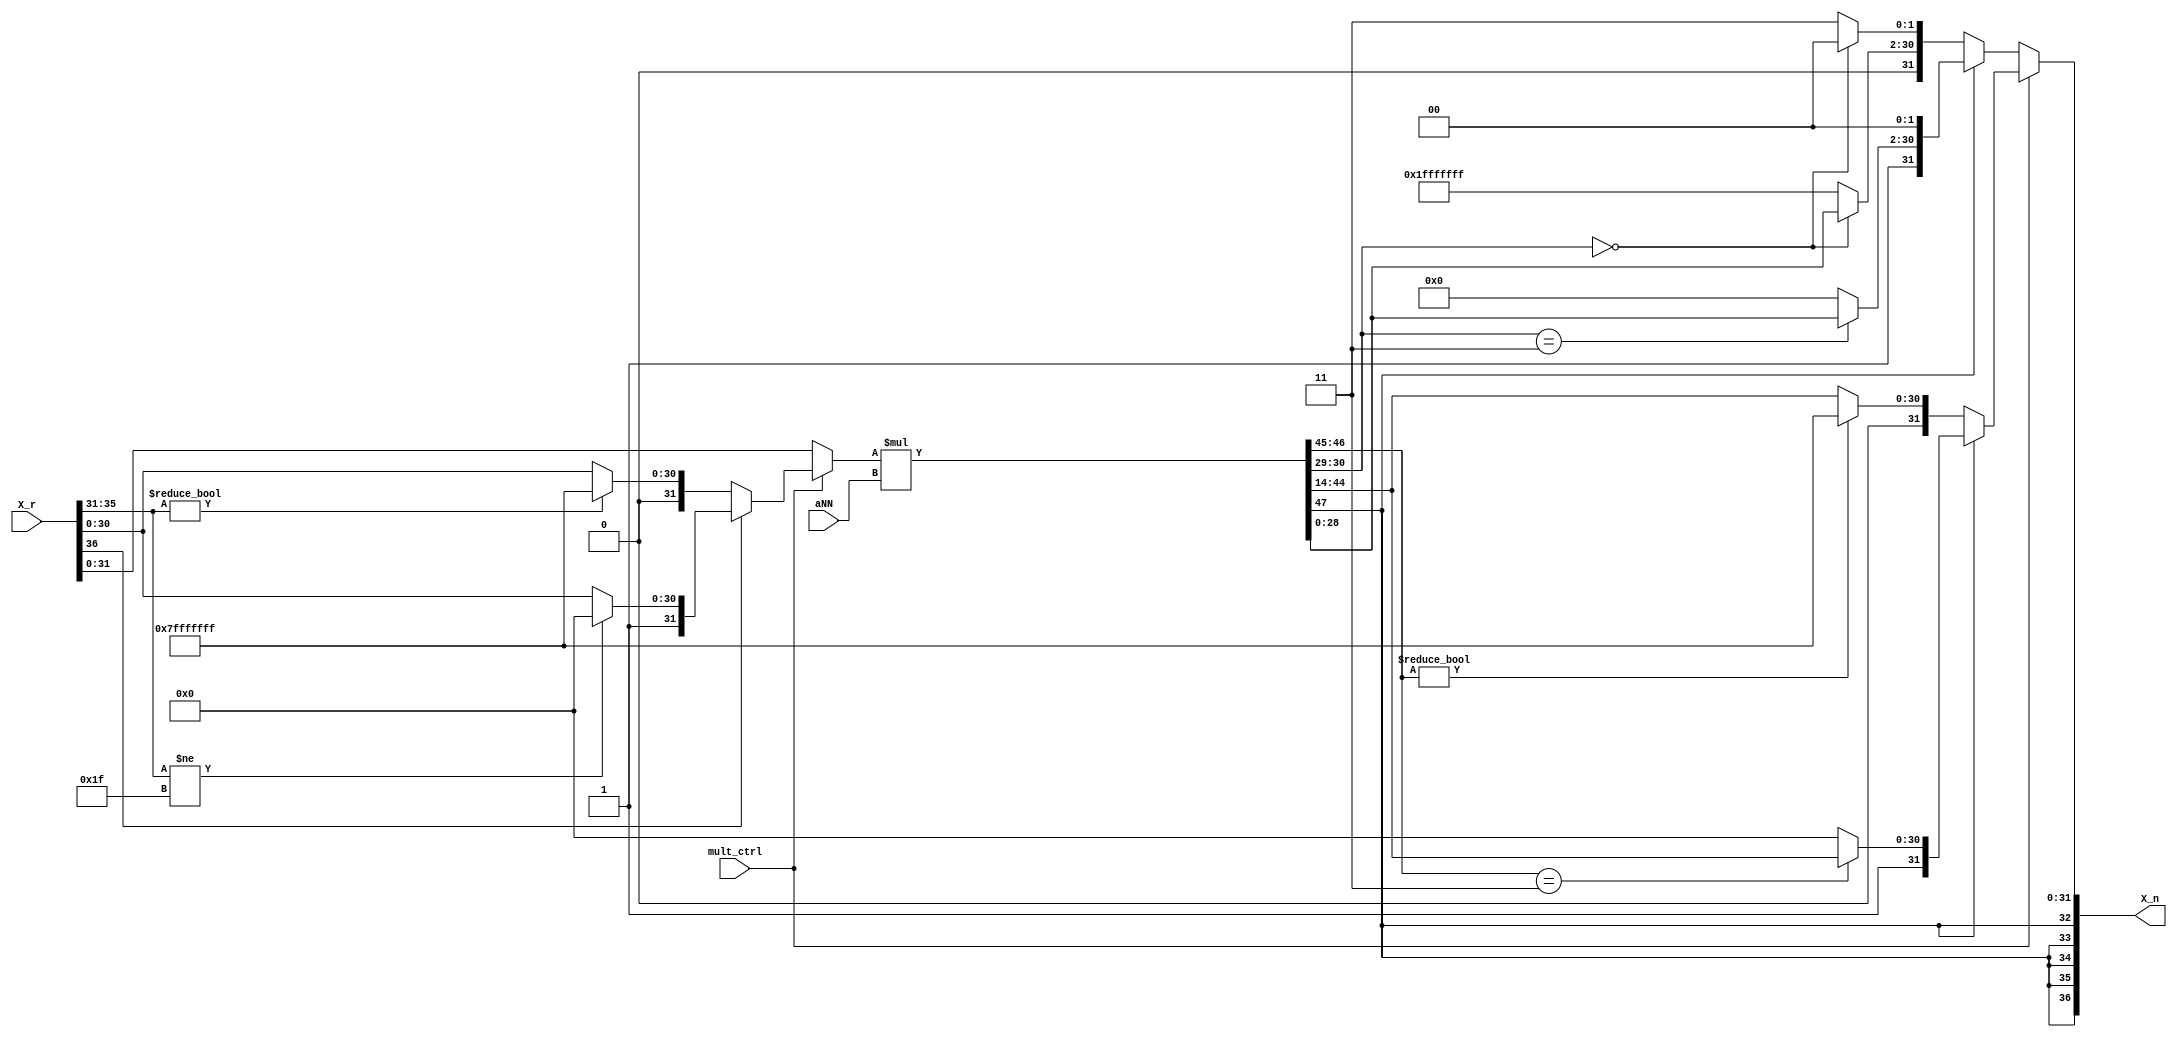
module multaNNx (
    input [15:0] aNN, // 1/aNN
    input [36:0] X_r, //input X_old, or input b
	input mult_ctrl,
    output [36:0] X_n //output X_new
);

parameter pos_max = 32'b01111111111111111111111111111111;
parameter neg_max = 32'b10000000000000000000000000000000;
parameter HIGH = 5'b11111;
parameter HI = 2'b11;

reg [31:0] xr_sat;
reg [47:0] aNNx_sat;
reg [36:0] X_n_r;

assign X_n = X_n_r;

always @(*) begin
	if (mult_ctrl) begin
		if (X_r[36]) begin
			if (X_r[35:31] != HIGH) begin
				xr_sat = neg_max;
			end
			else begin
				xr_sat[31] = 1;
				xr_sat[30:0] = X_r[30:0]; 
			end
		end
		else begin
			if (X_r[35:31] != 0) begin
				xr_sat = pos_max;
			end
			else begin
				xr_sat[31] = 0;
				xr_sat[30:0] = X_r[30:0];
			end
		end
	end
	else begin
		xr_sat = X_r[31:0]; //b:already sign-extend
	end

    aNNx_sat = $signed(xr_sat) * $signed(aNN);
    X_n_r[36:32] = {5{aNNx_sat[47]}};

	if (mult_ctrl) begin
		if (aNNx_sat[47]) begin
			X_n_r[31:0] = neg_max;
			if (aNNx_sat[46:45] == HI) begin
				X_n_r[31] = 1;
				X_n_r[30:0] = aNNx_sat[44:14];
			end
		end
		else begin
			if (aNNx_sat[46:45] != 0) begin
				X_n_r[31:0] = pos_max;
			end
			else begin
				X_n_r[31] = 0;
				X_n_r[30:0] = aNNx_sat[44:14];
			end
		end
	end
	else begin
		if (aNNx_sat[47]) begin
			X_n_r[31:0] = neg_max;
			if (aNNx_sat[30:29] == HI) begin
				X_n_r[31] = 1;
				X_n_r[30:2] = aNNx_sat[28:0];
				X_n_r[1:0] = 0;
			end
		end
		else begin
			X_n_r[31:0] = pos_max;
			if (aNNx_sat[30:29] == 0) begin
				X_n_r[31] = 0;
				X_n_r[30:2] = aNNx_sat[28:0];
				X_n_r[1:0] = 0;
			end
		end
	end	
end
    
endmodule

module multax (
    input [15:0] a,
    input [31:0] x_in,
    output [31:0] x_out
);

parameter pos_max = 32'b01111111111111111111111111111111;
parameter neg_max = 32'b10000000000000000000000000000000;
parameter high = 16'b1111111111111111;

reg [47:0] ax_sat;
reg [31:0] x_out_r;

assign x_out = x_out_r;

always @(*) begin
    ax_sat = $signed(a) * $signed(x_in);

    if (ax_sat[47]) begin
        if (ax_sat[46:31] != high) begin
            x_out_r = neg_max;
        end
        else begin
            x_out_r[31] = 1;
            x_out_r[30:0] = ax_sat[30:0];
        end
    end
    else begin
        if (ax_sat[46:31] != 0) begin
            x_out_r = pos_max;
        end
        else begin
            x_out_r[31] = 0;
            x_out_r[30:0] = ax_sat[30:0];
        end
    end
end

endmodule

module GSIM (                       //Don't modify interface
	input          i_clk,
	input          i_reset,
	input          i_module_en,
	input  [  4:0] i_matrix_num,
	output         o_proc_done,

	// matrix memory
	output         o_mem_rreq,
	output [  9:0] o_mem_addr,
	input          i_mem_rrdy,
	input  [255:0] i_mem_dout,
	input          i_mem_dout_vld,
	
	// output result
	output         o_x_wen,
	output [  8:0] o_x_addr,
	output [ 31:0] o_x_data  
);

parameter INIT = 1'b0;
parameter ITER = 1'b1;

wire [15:0] aNN, a[0:14];
wire [36:0] x_old, x_new; //for mult_aNNx
wire [31:0] x_in, x_out[0:14]; //for mult_ax:same input for different output;
reg mult_ctrl;
wire b_enable;
wire x_enable;
wire out_enable;

multaNNx aNNx(.aNN(aNN), .X_r(x_old), .mult_ctrl(mult_ctrl), .X_n(x_new));
multax ax0(.a(a[0]), .x_in(x_in), .x_out(x_out[0]));
multax ax1(.a(a[1]), .x_in(x_in), .x_out(x_out[1]));
multax ax2(.a(a[2]), .x_in(x_in), .x_out(x_out[2]));
multax ax3(.a(a[3]), .x_in(x_in), .x_out(x_out[3]));
multax ax4(.a(a[4]), .x_in(x_in), .x_out(x_out[4]));
multax ax5(.a(a[5]), .x_in(x_in), .x_out(x_out[5]));
multax ax6(.a(a[6]), .x_in(x_in), .x_out(x_out[6]));
multax ax7(.a(a[7]), .x_in(x_in), .x_out(x_out[7]));
multax ax8(.a(a[8]), .x_in(x_in), .x_out(x_out[8]));
multax ax9(.a(a[9]), .x_in(x_in), .x_out(x_out[9]));
multax ax10(.a(a[10]), .x_in(x_in), .x_out(x_out[10]));
multax ax11(.a(a[11]), .x_in(x_in), .x_out(x_out[11]));
multax ax12(.a(a[12]), .x_in(x_in), .x_out(x_out[12]));
multax ax13(.a(a[13]), .x_in(x_in), .x_out(x_out[13]));
multax ax14(.a(a[14]), .x_in(x_in), .x_out(x_out[14]));

reg [15:0] aNN_w, a_w[0:14]; 
reg [36:0] x_old_w;
reg [31:0] x_in_w;

assign aNN = aNN_w;
assign a[0] = a_w[0];
assign a[1] = a_w[1];
assign a[2] = a_w[2];
assign a[3] = a_w[3];
assign a[4] = a_w[4];
assign a[5] = a_w[5];
assign a[6] = a_w[6];
assign a[7] = a_w[7];
assign a[8] = a_w[8];
assign a[9] = a_w[9];
assign a[10] = a_w[10];
assign a[11] = a_w[11];
assign a[12] = a_w[12];
assign a[13] = a_w[13];
assign a[14] = a_w[14];
assign x_old = x_old_w;
assign x_in = x_in_w;
 
reg [15:0] matrix_b_r[1:16], matrix_b_w[1:16]; 
reg [36:0] matrix_x_r[1:16], matrix_x_w[1:16];

reg [6:0] mem_addr;
reg [6:0] mem_addr_r;
reg state_r, state_w;

reg [5:0] data_cnt_r, data_cnt_w;
reg [4:0] recur_cnt_r, recur_cnt_w;
reg [4:0] matrix_cnt_r, matrix_cnt_w;  // need solve ?? how many matrix ????????

reg x_wen_r, x_wen_w;
reg [8:0] x_addr_r, x_addr_w;
reg [31:0] x_data_r, x_data_w;
reg done_r, done_w;
reg enable_w, enable_r;

integer j;

//assign b_enable = ((!state_r) && (!data_cnt_r) && (i_mem_dout_vld));
assign b_enable = enable_r;
assign x_enable = ((i_mem_dout_vld) && (i_module_en));
assign out_enable = (recur_cnt_r == 17);
assign o_proc_done = done_r;
assign o_mem_rreq = 1'b1;
assign o_mem_addr = mem_addr + (matrix_cnt_r << 4) + matrix_cnt_r;

assign o_x_wen = x_wen_r;
assign o_x_addr = x_addr_r;
assign o_x_data = x_data_r;

always @(*) begin
	for (j = 1; j < 17; j = j+1) begin
		matrix_b_w[j] = matrix_b_r[j];
		matrix_x_w[j] = matrix_x_r[j];
	end
	data_cnt_w = data_cnt_r;
	recur_cnt_w = recur_cnt_r;
	matrix_cnt_w = matrix_cnt_r;
	state_w = state_r;
	mem_addr = (data_cnt_r == 0)?16:mem_addr_r;
	x_wen_w = x_wen_r;
	x_addr_w = x_addr_r;
	x_data_w = x_data_r;
	done_w = done_r;

	x_old_w = x_old_w;
	x_in_w = x_in_w;
	aNN_w = aNN_w;
	mult_ctrl = 1;

	for (j = 0; j < 15; j = j+1) begin
		a_w[j] = a_w[j];
	end
	enable_w = ((data_cnt_r == 0) && (!state_r) && (i_module_en));
	if (i_module_en) begin
		if (i_mem_dout_vld) begin
			case (state_r)
				INIT: begin
					mult_ctrl = 0;
					if (matrix_cnt_r == i_matrix_num) begin
						done_w = 1;
					end
					x_wen_w = 0;
					if (data_cnt_r == 0) begin //b1-16
						for (j = 1; j < 17; j = j+1) begin
							matrix_b_w[j][15:0] = i_mem_dout[j*16-1-:16];
						end
						//enable_w = 1;
						data_cnt_w = data_cnt_r + 1;
						mem_addr = 0;
					end
					else if (data_cnt_r == 16) begin
						aNN_w = i_mem_dout[255:240];
						x_old_w = {{21{matrix_b_r[16][15]}}, matrix_b_r[16]};
						//matrix_x_w[16] = {{5{x_init[31]}},x_init}; //X16,0
						matrix_x_w[16] = x_new;
						data_cnt_w = 1;
						mem_addr = 0;
						recur_cnt_w = 1;
						state_w = ITER;
					end
					else begin
						aNN_w = i_mem_dout[(data_cnt_r<<4)-1-:16];
						x_old_w = {{21{matrix_b_r[data_cnt_r][15]}}, matrix_b_r[data_cnt_r]};
						matrix_x_w[data_cnt_r] = x_new; //X?,0
						data_cnt_w = data_cnt_r + 1;
						mem_addr = {1'b0, data_cnt_r};
					end
				end
				ITER: begin
					case (data_cnt_r)
						1: begin
							x_old_w = matrix_x_r[1];
							aNN_w = i_mem_dout[15:0];
							x_in_w = (recur_cnt_r == 1) ? matrix_x_r[1][31:0] : x_new[31:0];
							if (recur_cnt_r != 17) begin
								matrix_x_w[1][31:0] = matrix_b_r[1] << 16;	// diagonal
								matrix_x_w[1][36:32] = {5{matrix_b_r[1][15]}};
							end
							else begin
								x_data_w = x_new[31:0];
								x_addr_w = x_addr_r + 1;
								x_wen_w = 1;
							end
							if (recur_cnt_r != 1) begin	// Lower triangle
								for (j = 2; j < 17; j = j+1) begin
									a_w[j-2] = i_mem_dout[j*16-1-:16];
									matrix_x_w[j] = $signed(matrix_x_r[j][35:0]) - $signed(x_out[j-2]);
								end
							end
							data_cnt_w = data_cnt_r + 1;
							mem_addr = 1;
						end
						2: begin
							x_old_w = matrix_x_r[2];
							aNN_w = i_mem_dout[31:16];
							x_in_w = (recur_cnt_r == 1) ? matrix_x_r[2][31:0] : x_new[31:0];
							if (recur_cnt_r != 17) begin
								for (j = 1; j < 2; j = j+1) begin	// Upper triangle
									a_w[j-1] = i_mem_dout[j*16-1-:16];
									matrix_x_w[j] = $signed(matrix_x_r[j][35:0]) - $signed(x_out[j-1]);
								end
								matrix_x_w[2][31:0] = matrix_b_r[2] << 16;	// diagonal
								matrix_x_w[2][36:32] = {5{matrix_b_r[2][15]}};
							end
							else begin
								x_data_w = x_new[31:0];
								x_addr_w = x_addr_r + 1;
								x_wen_w = 1;
							end
							if (recur_cnt_r != 1) begin	// Lower triangle
								for (j = 3; j < 17; j = j+1) begin	
									a_w[j-2] = i_mem_dout[j*16-1-:16];
									matrix_x_w[j] = $signed(matrix_x_r[j][35:0]) - $signed(x_out[j-2]);
								end
							end
							data_cnt_w = data_cnt_r + 1;
							mem_addr = 2;
						end
						3: begin
							x_old_w = matrix_x_r[3];
							aNN_w = i_mem_dout[47:32];
							x_in_w = (recur_cnt_r == 1) ? matrix_x_r[3][31:0] : x_new[31:0];
							if (recur_cnt_r != 17) begin
								for (j = 1; j < 3; j = j+1) begin	// Upper triangle
									a_w[j-1] = i_mem_dout[j*16-1-:16];
									matrix_x_w[j] = $signed(matrix_x_r[j][35:0]) - $signed(x_out[j-1]);
								end
								matrix_x_w[3][31:0] = matrix_b_r[3] << 16;	// diagonal
								matrix_x_w[3][36:32] = {5{matrix_b_r[3][15]}};
							end
							else begin
								x_data_w = x_new[31:0];
								x_addr_w = x_addr_r + 1;
								x_wen_w = 1;
							end
							if (recur_cnt_r != 1) begin	// Lower triangle
								for (j = 4; j < 17; j = j+1) begin
									a_w[j-2] = i_mem_dout[j*16-1-:16];
									matrix_x_w[j] = $signed(matrix_x_r[j][35:0]) - $signed(x_out[j-2]);
								end
							end
							data_cnt_w = data_cnt_r + 1;
							mem_addr = 3;
						end
						4: begin
							x_old_w = matrix_x_r[4];
							aNN_w = i_mem_dout[63:48];
							x_in_w = (recur_cnt_r == 1) ? matrix_x_r[4][31:0] : x_new[31:0];
							if (recur_cnt_r != 17) begin
								for (j = 1; j < 4; j = j+1) begin	// Upper triangle
									a_w[j-1] = i_mem_dout[j*16-1-:16];
									matrix_x_w[j] = $signed(matrix_x_r[j][35:0]) - $signed(x_out[j-1]);
								end
								matrix_x_w[4][31:0] = matrix_b_r[4] << 16;	// diagonal
								matrix_x_w[4][36:32] = {5{matrix_b_r[4][15]}};
							end
							else begin
								x_data_w = x_new[31:0];
								x_addr_w = x_addr_r + 1;
								x_wen_w = 1;
							end
							if (recur_cnt_r != 1) begin	// Lower triangle
								for (j = 5; j < 17; j = j+1) begin
									a_w[j-2] = i_mem_dout[j*16-1-:16];
									matrix_x_w[j] = $signed(matrix_x_r[j][35:0]) - $signed(x_out[j-2]);
								end
							end
							data_cnt_w = data_cnt_r + 1;
							mem_addr = 4;
						end
						5: begin
							x_old_w = matrix_x_r[5];
							aNN_w = i_mem_dout[79:64];
							x_in_w = (recur_cnt_r == 1) ? matrix_x_r[5][31:0] : x_new[31:0];
							if (recur_cnt_r != 17) begin
								for (j = 1; j < 5; j = j+1) begin	// Upper triangle
									a_w[j-1] = i_mem_dout[j*16-1-:16];
									matrix_x_w[j] = $signed(matrix_x_r[j][35:0]) - $signed(x_out[j-1]);
								end
								matrix_x_w[5][31:0] = matrix_b_r[5] << 16;	// diagonal
								matrix_x_w[5][36:32] = {5{matrix_b_r[5][15]}};
							end
							else begin
								x_data_w = x_new[31:0];
								x_addr_w = x_addr_r + 1;
								x_wen_w = 1;
							end
							if (recur_cnt_r != 1) begin	// Lower triangle
								for (j = 6; j < 17; j = j+1) begin
									a_w[j-2] = i_mem_dout[j*16-1-:16];
									matrix_x_w[j] = $signed(matrix_x_r[j][35:0]) - $signed(x_out[j-2]);
								end
							end
							data_cnt_w = data_cnt_r + 1;
							mem_addr = 5;
						end
						6: begin
							x_old_w = matrix_x_r[6];
							aNN_w = i_mem_dout[95:80];
							x_in_w = (recur_cnt_r == 1) ? matrix_x_r[6][31:0] : x_new[31:0];
							if (recur_cnt_r != 17) begin
								for (j = 1; j < 6; j = j+1) begin
									a_w[j-1] = i_mem_dout[j*16-1-:16];
									matrix_x_w[j] = $signed(matrix_x_r[j][35:0]) - $signed(x_out[j-1]);
								end
								matrix_x_w[6][31:0] = matrix_b_r[6] << 16;	// diagonal
								matrix_x_w[6][36:32] = {5{matrix_b_r[6][15]}};
							end
							else begin
								x_data_w = x_new[31:0];
								x_addr_w = x_addr_r + 1;
								x_wen_w = 1;
							end
							if (recur_cnt_r != 1) begin
								for (j = 7; j < 17; j = j+1) begin
									a_w[j-2] = i_mem_dout[j*16-1-:16];
									matrix_x_w[j] = $signed(matrix_x_r[j][35:0]) - $signed(x_out[j-2]);
								end
							end
							data_cnt_w = data_cnt_r + 1;
							mem_addr = 6;
						end
						7: begin
							x_old_w = matrix_x_r[7];
							aNN_w = i_mem_dout[111:96];
							x_in_w = (recur_cnt_r == 1) ? matrix_x_r[7][31:0] : x_new[31:0];
							if (recur_cnt_r != 17) begin
								for (j = 1; j < 7; j = j+1) begin
									a_w[j-1] = i_mem_dout[j*16-1-:16];
									matrix_x_w[j] = $signed(matrix_x_r[j][35:0]) - $signed(x_out[j-1]);
								end
								matrix_x_w[7][31:0] = matrix_b_r[7] << 16;	// diagonal
								matrix_x_w[7][36:32] = {5{matrix_b_r[7][15]}};
							end
							else begin
								x_data_w = x_new[31:0];
								x_addr_w = x_addr_r + 1;
								x_wen_w = 1;
							end
							if (recur_cnt_r != 1) begin
								for (j = 8; j < 17; j = j+1) begin
									a_w[j-2] = i_mem_dout[j*16-1-:16];
									matrix_x_w[j] = $signed(matrix_x_r[j][35:0]) - $signed(x_out[j-2]);
								end
							end
							data_cnt_w = data_cnt_r + 1;
							mem_addr = 7;
						end
						8: begin
							x_old_w = matrix_x_r[8];
							aNN_w = i_mem_dout[127:112];
							x_in_w = (recur_cnt_r == 1) ? matrix_x_r[8][31:0] : x_new[31:0];
							if (recur_cnt_r != 17) begin
								for (j = 1; j < 8; j = j+1) begin
									a_w[j-1] = i_mem_dout[j*16-1-:16];
									matrix_x_w[j] = $signed(matrix_x_r[j][35:0]) - $signed(x_out[j-1]);
								end
								matrix_x_w[8][31:0] = matrix_b_r[8] << 16;	// diagonal
								matrix_x_w[8][36:32] = {5{matrix_b_r[8][15]}};
							end
							else begin
								x_data_w = x_new[31:0];
								x_addr_w = x_addr_r + 1;
								x_wen_w = 1;
							end
							if (recur_cnt_r != 1) begin
								for (j = 9; j < 17; j = j+1) begin
									a_w[j-2] = i_mem_dout[j*16-1-:16];
									matrix_x_w[j] = $signed(matrix_x_r[j][35:0]) - $signed(x_out[j-2]);
								end
							end
							data_cnt_w = data_cnt_r + 1;
							mem_addr = 8;
						end
						9: begin
							x_old_w = matrix_x_r[9];
							aNN_w = i_mem_dout[143:128];
							x_in_w = (recur_cnt_r == 1) ? matrix_x_r[9][31:0] : x_new[31:0];
							if (recur_cnt_r != 17) begin
								for (j = 1; j < 9; j = j+1) begin
									a_w[j-1] = i_mem_dout[j*16-1-:16];
									matrix_x_w[j] = $signed(matrix_x_r[j][35:0]) - $signed(x_out[j-1]);
								end
								matrix_x_w[9][31:0] = matrix_b_r[9] << 16;	// diagonal
								matrix_x_w[9][36:32] = {5{matrix_b_r[9][15]}};
							end
							else begin
								x_data_w = x_new[31:0];
								x_addr_w = x_addr_r + 1;
								x_wen_w = 1;
							end
							if (recur_cnt_r != 1) begin
								for (j = 10; j < 17; j = j+1) begin
									a_w[j-2] = i_mem_dout[j*16-1-:16];
									matrix_x_w[j] = $signed(matrix_x_r[j][35:0]) - $signed(x_out[j-2]);
								end
							end
							data_cnt_w = data_cnt_r + 1;
							mem_addr = 9;
						end
						10: begin
							x_old_w = matrix_x_r[10];
							aNN_w = i_mem_dout[159:144];
							x_in_w = (recur_cnt_r == 1) ? matrix_x_r[10][31:0] : x_new[31:0];
							if (recur_cnt_r != 17) begin
								for (j = 1; j < 10; j = j+1) begin
									a_w[j-1] = i_mem_dout[j*16-1-:16];
									matrix_x_w[j] = $signed(matrix_x_r[j][35:0]) - $signed(x_out[j-1]);
								end
								matrix_x_w[10][31:0] = matrix_b_r[10] << 16;	// diagonal
								matrix_x_w[10][36:32] = {5{matrix_b_r[10][15]}};
							end
							else begin
								x_data_w = x_new[31:0];
								x_addr_w = x_addr_r + 1;
								x_wen_w = 1;
							end
							if (recur_cnt_r != 1) begin
								for (j = 11; j < 17; j = j+1) begin
									a_w[j-2] = i_mem_dout[j*16-1-:16];
									matrix_x_w[j] = $signed(matrix_x_r[j][35:0]) - $signed(x_out[j-2]);
								end
							end
							data_cnt_w = data_cnt_r + 1;
							mem_addr = 10;
						end
						11: begin
							x_old_w = matrix_x_r[11];
							aNN_w = i_mem_dout[175:160];
							x_in_w = (recur_cnt_r == 1) ? matrix_x_r[11][31:0] : x_new[31:0];
							if (recur_cnt_r != 17) begin
								for (j = 1; j < 11; j = j+1) begin
									a_w[j-1] = i_mem_dout[j*16-1-:16];
									matrix_x_w[j] = $signed(matrix_x_r[j][35:0]) - $signed(x_out[j-1]);
								end
								matrix_x_w[11][31:0] = matrix_b_r[11] << 16;	// diagonal
								matrix_x_w[11][36:32] = {5{matrix_b_r[11][15]}};
							end
							else begin
								x_data_w = x_new[31:0];
								x_addr_w = x_addr_r + 1;
								x_wen_w = 1;
							end
							if (recur_cnt_r != 1) begin
								for (j = 12; j < 17; j = j+1) begin
									a_w[j-2] = i_mem_dout[j*16-1-:16];
									matrix_x_w[j] = $signed(matrix_x_r[j][35:0]) - $signed(x_out[j-2]);
								end
							end
							data_cnt_w = data_cnt_r + 1;
							mem_addr = 11;
						end
						12: begin
							x_old_w = matrix_x_r[12];
							aNN_w = i_mem_dout[191:176];
							x_in_w = (recur_cnt_r == 1) ? matrix_x_r[12][31:0] : x_new[31:0];
							if (recur_cnt_r != 17) begin
								for (j = 1; j < 12; j = j+1) begin
									a_w[j-1] = i_mem_dout[j*16-1-:16];
									matrix_x_w[j] = $signed(matrix_x_r[j][35:0]) - $signed(x_out[j-1]);
								end
								matrix_x_w[12][31:0] = matrix_b_r[12] << 16;	// diagonal
								matrix_x_w[12][36:32] = {5{matrix_b_r[12][15]}};
							end
							else begin
								x_data_w = x_new[31:0];
								x_addr_w = x_addr_r + 1;
								x_wen_w = 1;
							end
							if (recur_cnt_r != 1) begin
								for (j = 13; j < 17; j = j+1) begin
									a_w[j-2] = i_mem_dout[j*16-1-:16];
									matrix_x_w[j] = $signed(matrix_x_r[j][35:0]) - $signed(x_out[j-2]);
								end
							end
							data_cnt_w = data_cnt_r + 1;
							mem_addr = 12;
						end
						13: begin
							x_old_w = matrix_x_r[13];
							aNN_w = i_mem_dout[207:192];
							x_in_w = (recur_cnt_r == 1) ? matrix_x_r[13][31:0] : x_new[31:0];
							if (recur_cnt_r != 17) begin
								for (j = 1; j < 13; j = j+1) begin
									a_w[j-1] = i_mem_dout[j*16-1-:16];
									matrix_x_w[j] = $signed(matrix_x_r[j][35:0]) - $signed(x_out[j-1]);
								end
								matrix_x_w[13][31:0] = matrix_b_r[13] << 16;	// diagonal
								matrix_x_w[13][36:32] = {5{matrix_b_r[13][15]}};
							end
							else begin
								x_data_w = x_new[31:0];
								x_addr_w = x_addr_r + 1;
								x_wen_w = 1;
							end
							if (recur_cnt_r != 1) begin
								for (j = 14; j < 17; j = j+1) begin
									a_w[j-2] = i_mem_dout[j*16-1-:16];
									matrix_x_w[j] = $signed(matrix_x_r[j][35:0]) - $signed(x_out[j-2]);
								end
							end
							data_cnt_w = data_cnt_r + 1;
							mem_addr = 13;
						end
						14: begin
							x_old_w = matrix_x_r[14];
							aNN_w = i_mem_dout[223:208];
							x_in_w = (recur_cnt_r == 1) ? matrix_x_r[14][31:0] : x_new[31:0];
							if (recur_cnt_r != 17) begin
								for (j = 1; j < 14; j = j+1) begin
									a_w[j-1] = i_mem_dout[j*16-1-:16];
									matrix_x_w[j] = $signed(matrix_x_r[j][35:0]) - $signed(x_out[j-1]);
								end
								matrix_x_w[14][31:0] = matrix_b_r[14] << 16;	// diagonal
								matrix_x_w[14][36:32] = {5{matrix_b_r[14][15]}};
							end
							else begin
								x_data_w = x_new[31:0];
								x_addr_w = x_addr_r + 1;
								x_wen_w = 1;
							end
							if (recur_cnt_r != 1) begin
								for (j = 15; j < 17; j = j+1) begin
									a_w[j-2] = i_mem_dout[j*16-1-:16];
									matrix_x_w[j] = $signed(matrix_x_r[j][35:0]) - $signed(x_out[j-2]);
								end
							end
							data_cnt_w = data_cnt_r + 1;
							mem_addr = 14;
						end
						15: begin
							x_old_w = matrix_x_r[15];
							aNN_w = i_mem_dout[239:224];
							x_in_w = (recur_cnt_r == 1) ? matrix_x_r[15][31:0] : x_new[31:0];
							if (recur_cnt_r != 17) begin
								for (j = 1; j < 15; j = j+1) begin
									a_w[j-1] = i_mem_dout[j*16-1-:16];
									matrix_x_w[j] = $signed(matrix_x_r[j][35:0]) - $signed(x_out[j-1]);
								end
								matrix_x_w[15][31:0] = matrix_b_r[15] << 16;	// diagonal
								matrix_x_w[15][36:32] = {5{matrix_b_r[15][15]}};
							end
							else begin
								x_data_w = x_new[31:0];
								x_addr_w = x_addr_r + 1;
								x_wen_w = 1;
								//matrix_cnt_w = matrix_cnt_r + 1;
							end
							if (recur_cnt_r != 1) begin
								a_w[14] = i_mem_dout[255:240];
								matrix_x_w[16] = $signed(matrix_x_r[16][35:0]) - $signed(x_out[14]);
							end
							data_cnt_w = data_cnt_r + 1;
							mem_addr = 15;
						end
						16: begin
							x_old_w = matrix_x_r[16];
							aNN_w = i_mem_dout[255:240];
							x_in_w = (recur_cnt_r == 1) ? matrix_x_r[16][31:0] : x_new[31:0];
							data_cnt_w = 1;
							recur_cnt_w = recur_cnt_r + 1;
							mem_addr = 0;
							if (recur_cnt_r != 17) begin
								for (j = 1; j < 16; j = j+1) begin
									a_w[j-1] = i_mem_dout[j*16-1-:16];
									matrix_x_w[j] = $signed(matrix_x_r[j][35:0]) - $signed(x_out[j-1]);
								end
								matrix_x_w[16][31:0] = matrix_b_r[16] << 16;	// diagonal
								matrix_x_w[16][36:32] = {5{matrix_b_r[16][15]}};
							end
							else begin
								state_w = INIT;
								x_data_w = x_new[31:0];
								x_addr_w = x_addr_r + 1;
								x_wen_w = 1;
								mem_addr = 32+1;
								matrix_cnt_w = matrix_cnt_r + 1;
								data_cnt_w = 0;
								recur_cnt_w = 0;
								enable_w = 1;
							end
						end
						default: begin
						end
					endcase
				end
				default: begin
				end
			endcase
		end
	end
	else begin
		done_w = i_module_en;
	end
end

always @(posedge i_clk or posedge i_reset) begin
	if (i_reset) begin
		for (j = 1; j < 17; j = j+1) begin
			matrix_b_r[j] <= 0;
			matrix_x_r[j] <= 0;
		end
		mem_addr_r <= 16;
		data_cnt_r <= 0;
		recur_cnt_r <= 0;
		matrix_cnt_r <= 0;
		state_r <= 0;
		x_wen_r <= 0;
		x_addr_r <= 9'b111111111;
		x_data_r <= 0;
		done_r <= 0;
		enable_r <= 0;
	end
	else begin
		if (b_enable) begin
			for (j = 1; j < 17; j = j+1) begin
				matrix_b_r[j] <= matrix_b_w[j];
			end
		end
		else begin
			for (j = 1; j < 17; j = j+1) begin
				matrix_b_r[j] <= matrix_b_r[j];
			end
		end
		// if (x_enable) begin
		// 	for (j = 1; j < 17; j = j+1) begin
		// 		matrix_x_r[j] <= matrix_x_w[j];
		// 	end
		// end
		// else begin
		// 	for (j = 1; j < 17; j = j+1) begin
		// 		matrix_x_r[j] <= matrix_x_r[j];
		// 	end
		// end
		// if (out_enable) begin
		// 	x_data_r <= x_data_w;
		// end
		// else begin
		// 	x_data_r <= x_data_r;
		// end		
		for (j = 1; j < 17; j = j+1) begin
			matrix_x_r[j] <= matrix_x_w[j];
			//matrix_b_r[j] <= matrix_b_w[j];
		end
		x_data_r <= x_data_w;
		mem_addr_r <= mem_addr;
		data_cnt_r <= data_cnt_w;
		recur_cnt_r <= recur_cnt_w;
		matrix_cnt_r <= matrix_cnt_w;
		state_r <= state_w;
		x_wen_r <= x_wen_w;
		x_addr_r <= x_addr_w;		
		done_r <= done_w;
		enable_r <= enable_w;
	end
end

endmodule